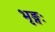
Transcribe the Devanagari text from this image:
भृङ्गः